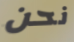
نحن